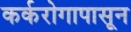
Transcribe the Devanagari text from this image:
कर्करोगापासून